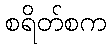
စရိတ်စက